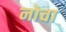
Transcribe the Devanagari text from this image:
नोचा